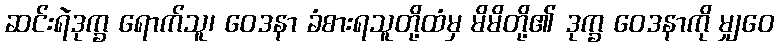
ဆင်းရဲဒုက္ခ ရောက်သူ၊ ဝေဒနာ ခံစားရသူတို့ထံမှ မိမိတို့၏ ဒုက္ခ ဝေဒနာကို မျှဝေ